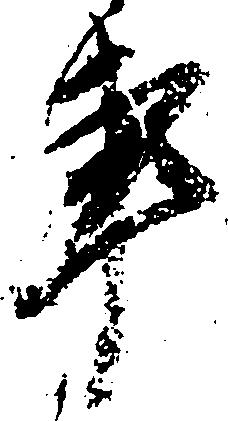
事